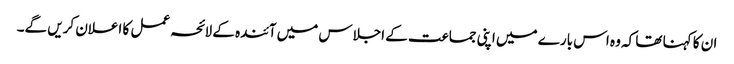
ان کا کہنا تھا کہ وہ اس بارے میں اپنی جماعت کے اجلاس میں آئندہ کے لائحہ عمل کا اعلان کریں گے۔